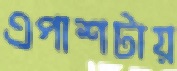
এপাশটায়